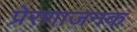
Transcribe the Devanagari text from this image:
प्रेरणाजनक